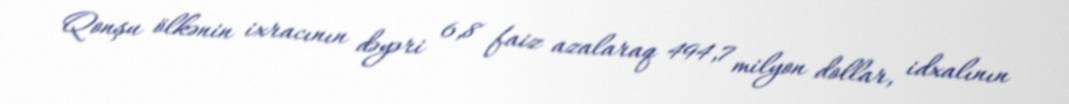
Qonşu ölkənin ixracının dəyəri 6,8 faiz azalaraq 494,7 milyon dollar, idxalının